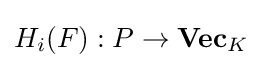
H_{i}(F):P\to \mathbf {Vec} _{K}